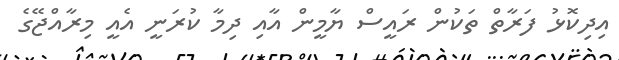
އިދިކޮޅު ފަރާތް ތަކުން ރައީސް ޔާމީން އާއި ދިމާ ކުރަނީ އެއީ މިރާއްޖޭގެ